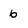
Character: b